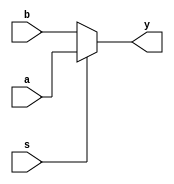
//
module MUX21a(a,b,s,y); //
	input a,b,s;
	output y;
	//1.
	//		assign  = 
	//		
	//		
	//2.assign
	//3.assign
	assign y = (s ? a : b); 
endmodule